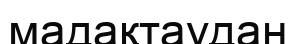
мадақтаудан